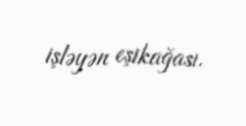
işləyən eşikağası.